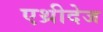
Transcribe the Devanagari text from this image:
एथ्रीदेज